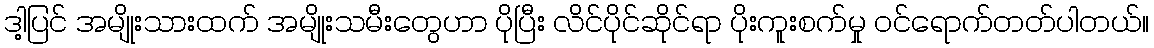
ဒါ့ပြင် အမျိုးသားထက် အမျိုးသမီးတွေဟာ ပိုပြီး လိင်ပိုင်ဆိုင်ရာ ပိုးကူးစက်မှု ဝင်ရောက်တတ်ပါတယ်။